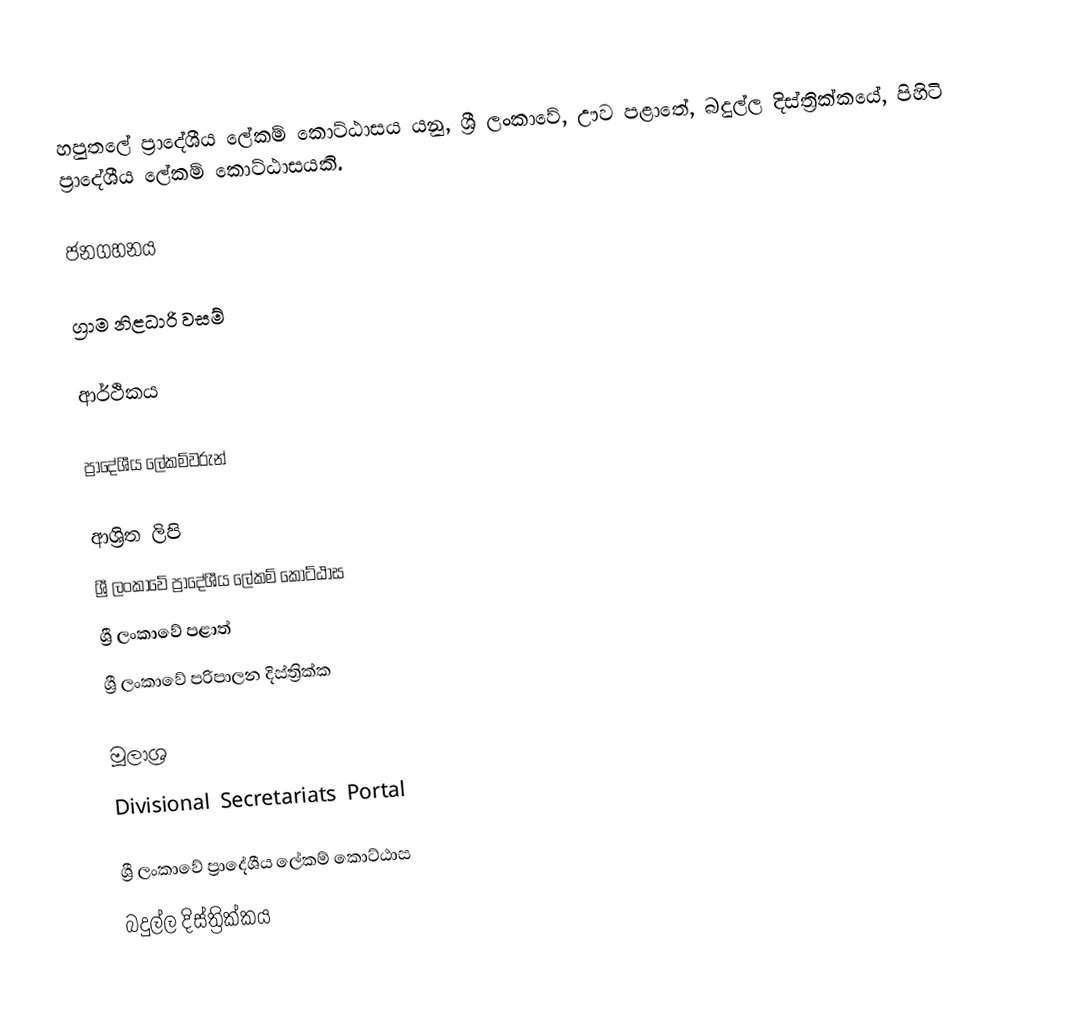
හපුතලේ ප්‍රාදේශීය ලේකම් කොට්ඨාසය යනු,  ශ්‍රී ලංකාවේ, ඌව පළාතේ,   බදුල්ල දිස්ත්‍රික්කයේ, පිහිටි ප්‍රාදේශීය ලේකම් කොට්ඨාසයකි.

ජනගහනය

ග්‍රාම නිළධාරි වසම්

ආර්ථිකය

ප්‍රාදේශීය ලේකම්වරුන්

ආශ්‍රිත ලිපි
ශ්‍රී ලංකාවේ ප්‍රාදේශීය ලේකම් කොට්ඨාස
ශ්‍රී ලංකාවේ පළාත්
ශ්‍රී ලංකාවේ පරිපාලන දිස්ත්‍රික්ක

මූලාශ්‍ර
 Divisional Secretariats Portal

ශ්‍රී ලංකාවේ ප්‍රාදේශීය ලේකම් කොට්ඨාස
බදුල්ල දිස්ත්‍රික්කය